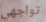
تواجهي